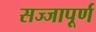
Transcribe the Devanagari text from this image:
सज्जापूर्ण